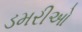
ડમરીઓ